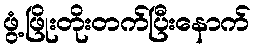
ဖွံ့ဖြိုးတိုးတက်ပြီးနောက်